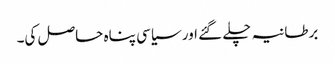
برطانیہ چلے گئے اور سیاسی پناہ حاصل کی۔